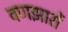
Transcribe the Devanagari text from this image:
वणझारों